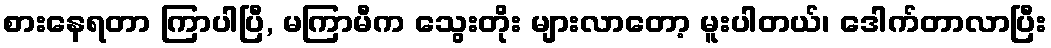
စားနေရတာ ကြာပါပြီ, မကြာမီက သွေးတိုး များလာတော့ မူးပါတယ်၊ ဒေါက်တာလာပြီး